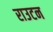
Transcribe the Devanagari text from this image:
राउटन